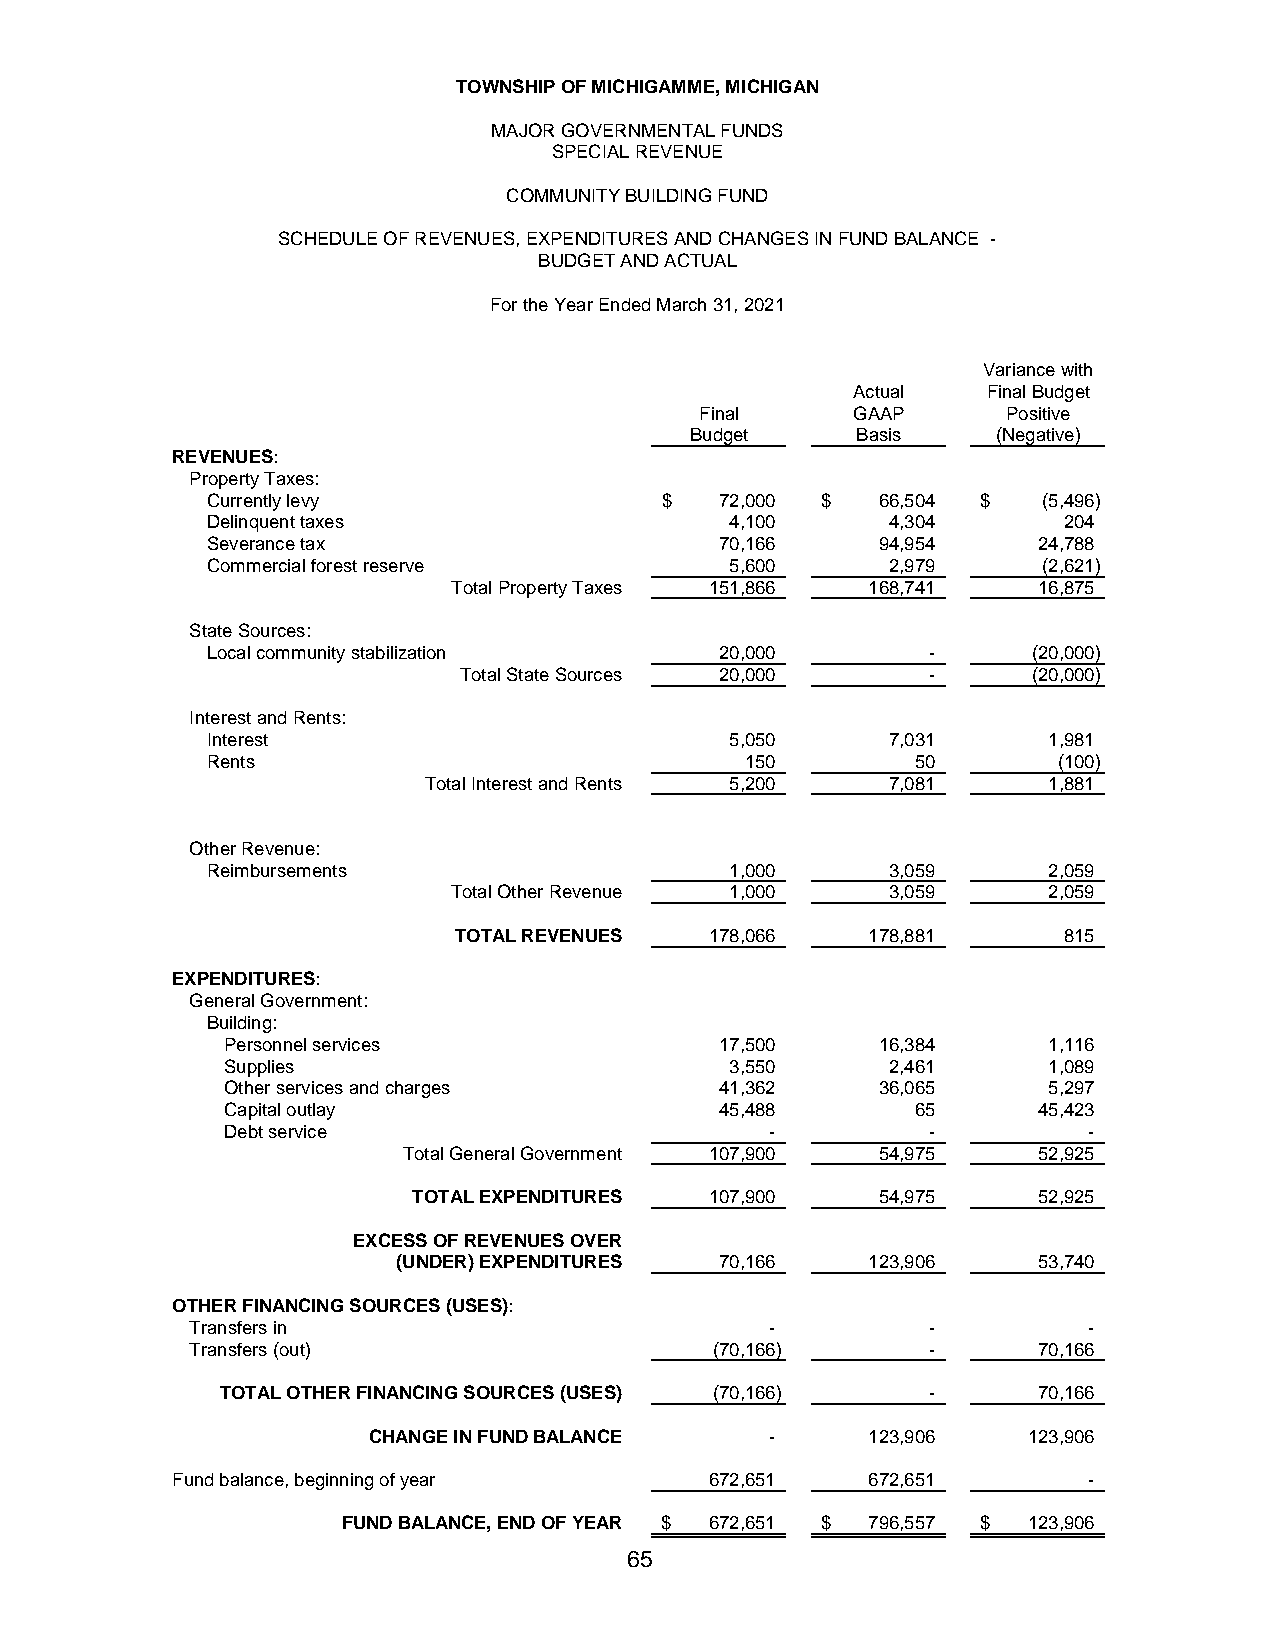
TOWNSHIP OF MICHIGAMME, MICHIGAN
 MAJOR GOVERNMENTAL FUNDS
 SPECIAL REVENUE
 COMMUNITY BUILDING FUND
 SCHEDULE OF REVENUES, EXPENDITURES AND CHANGES IN FUND BALANCE -
 BUDGET AND ACTUAL
 For the Year Ended March 31, 2021
 Variance with
 Actual   Final Budget
 Final     GAAP       Positive
 Budget     Basis    (Negative)
 REVENUES:
 Property Taxes:
 Currently levy                $   7 2,000 $ 6 6,504 $  ( 5,496)
 Delinquent taxes                  4 ,100     4 ,304     2 04
 Severance tax                     7 0,166   9 4,954    24,788
 Commercial forest reserve         5 ,600     2 ,979    (2,621)
 Total Property Taxes 151,866 168,741   16,875
 State Sources:
 Local community stabilization     20,000        -     ( 20,000)
 Total State Sources 20,000      -     ( 20,000)
 Interest and Rents:
 Interest                          5 ,050     7 ,031    1 ,981
 Rents                              1 50        5 0      (100)
 Total Interest and Rents 5 ,200 7 ,081   1 ,881
 Other Revenue:
 Reimbursements                    1 ,000     3 ,059    2 ,059
 Total Other Revenue 1 ,000   3 ,059    2 ,059
 TOTAL REVENUES   178,066   178,881      8 15
 EXPENDITURES:
 General Government:
 Building:
 Personnel services               17,500    16,384     1 ,116
 Supplies                         3 ,550     2 ,461    1 ,089
 Other services and charges       41,362    36,065     5 ,297
 Capital outlay                   45,488       6 5     45,423
 Debt service                        -          -         -
 Total General Government 107,900 54,975   52,925
 TOTAL EXPENDITURES  107,900    54,975     52,925
 EXCESS OF REVENUES OVER
 (UNDER) EXPENDITURES  70,166   123,906     53,740
 OTHER FINANCING SOURCES (USES):
 Transfers in                          -          -         -
 Transfers (out)                   ( 70,166)      -      70,166
 TOTAL OTHER FINANCING SOURCES (USES) ( 70,166) -      70,166
 CHANGE IN FUND BALANCE     -     123,906    123,906
 Fund balance, beginning of year     672,651   672,651        -
 FUND BALANCE, END OF YEAR $ 672,651 $ 796,557 $ 123,906
 65